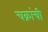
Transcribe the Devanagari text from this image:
चक्रांची